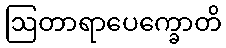
ဩတာရာပေက္ခောတိ